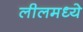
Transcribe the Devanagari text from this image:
लीलमध्ये